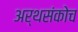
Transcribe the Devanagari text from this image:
अर्थसंकोच